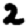
Digit: 2